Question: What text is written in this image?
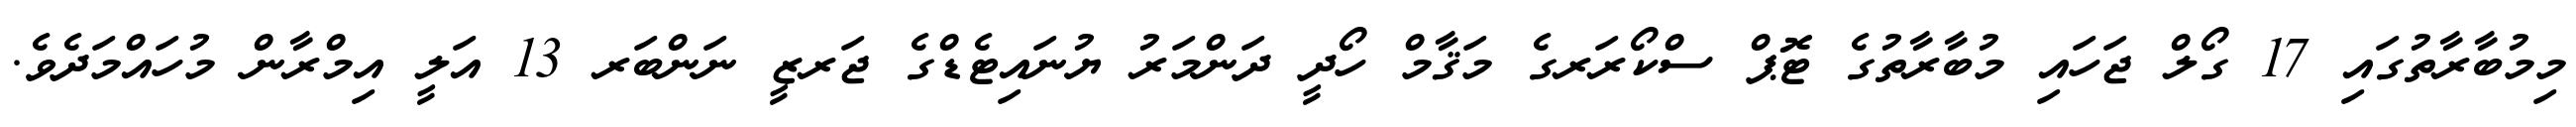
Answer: މިމުބާރާތުގައި 17 ގޯލް ޖަހައި މުބާރާތުގެ ޓޮޕް ސްކޯރަރގެ މަޤާމް ހޯދީ ދަންމަރު ޔުނައިޓެޑްގެ ޖަރޒީ ނަންބަރ 13 އަލީ އިމްރާން މުހައްމަދެވެ.